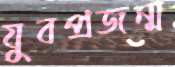
যুবপ্রজন্ম